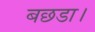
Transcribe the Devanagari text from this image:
बछडा।